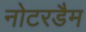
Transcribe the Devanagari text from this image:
नोटरडैम